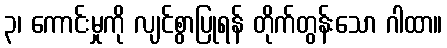
၃၊ ကောင်းမှုကို လျင်စွာပြုရန် တိုက်တွန်းသော ဂါထာ။